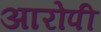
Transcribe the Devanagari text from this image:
अारोपी